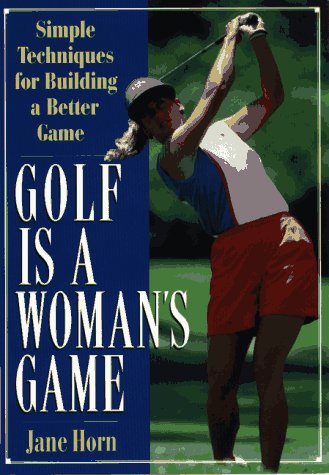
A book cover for Golf Is a Woman's Game: Simple Techniques For Building A Better Game; Jane Horn; Sports & Outdoors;